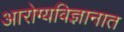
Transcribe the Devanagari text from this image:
आरोग्यविज्ञानात